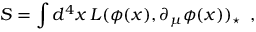
S = \int d ^ { 4 } x \, { \cal L } ( \phi ( x ) , \partial _ { \mu } \phi ( x ) ) _ { \star } \, \, \, ,